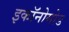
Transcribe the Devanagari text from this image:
इकॉनोमोड